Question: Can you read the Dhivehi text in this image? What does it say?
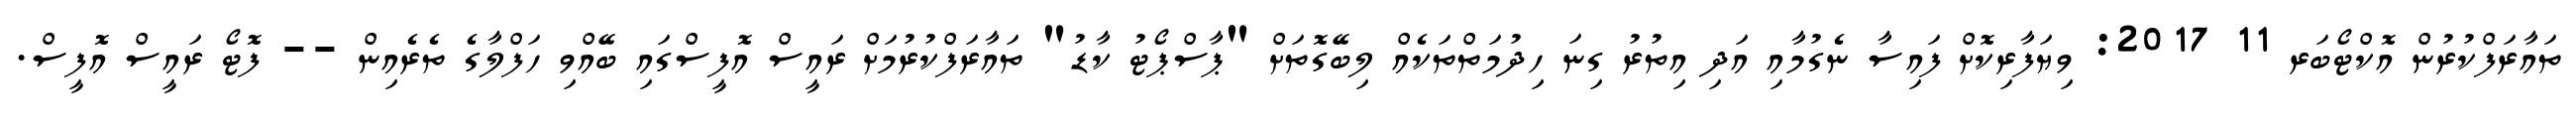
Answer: ތައާރަފްކުރުން އޮކްޓޯބަރ 11 2017: ވިޔަފާރިކޮށް ފައިސާ ނެގުމާއި އަދި އިތުރު ގިނަ ހިދުމަތްތަކެއް ލިބޭގޮތަށް "ޕާސްޕޯޓު ކާޑު" ތައާރަފްކުރުމަށް ރައީސް އޮފީސްގައި ބޭއްވި ހަފްލާގެ ތެރެއިން -- ފޮޓޯ ރައީސް އޮފީސް.